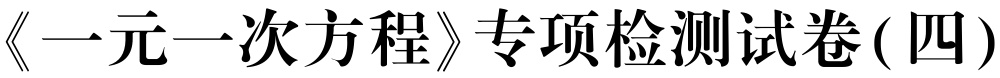
《一元一次方程》专项检测试卷(四)